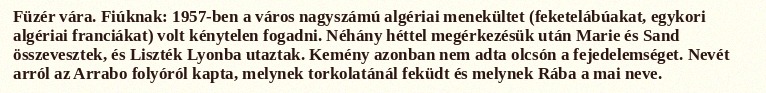
Füzér vára. Fiúknak: 1957-ben a város nagyszámú algériai menekültet (feketelábúakat, egykori algériai franciákat) volt kénytelen fogadni. Néhány héttel megérkezésük után Marie és Sand összevesztek, és Liszték Lyonba utaztak. Kemény azonban nem adta olcsón a fejedelemséget. Nevét arról az Arrabo folyóról kapta, melynek torkolatánál feküdt és melynek Rába a mai neve.